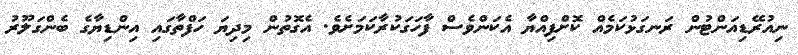
ނިއުރޭޑިއަންޓުން ރަނގަޅުކަމެއް ކޮށްފިއްޔާ އެކަންވެސް ފާހަގަކުރާކަމަށެވެ. އެގޮތުން މިދިޔަ ހަފްތާގައި އިންޑިޔާގެ ބެންގަލޫރު